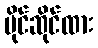
ပိုင်ဆိုင်ထား